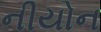
નીયોન